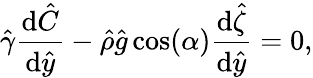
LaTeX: \hat{\gamma}\frac{\mathrm{d}\hat{C}}{\mathrm{d}\hat{y}}-\hat{\rho}\hat{g}\cos(\alpha)\frac{\mathrm{d}\hat{\zeta}}{\mathrm{d}\hat{y}}=0,